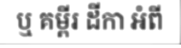
ឬ គម្ពីរ ដីកា អំពី